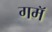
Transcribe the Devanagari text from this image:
गमॅ